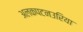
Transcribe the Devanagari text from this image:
अलकपटनउरिया